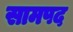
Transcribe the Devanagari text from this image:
सामपद